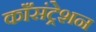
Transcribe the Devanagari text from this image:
काँसंट्रेशन